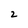
Character: 2